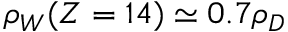
\rho _ { W } ( Z = 1 4 ) \simeq 0 . 7 \rho _ { D }